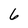
Character: 6